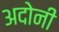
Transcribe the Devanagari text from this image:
अदोनी